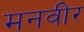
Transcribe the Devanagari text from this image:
मनवीर